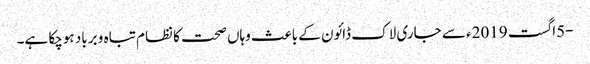
-5اگست 2019ء سے جاری لاک ڈائون کے باعث وہاں صحت کا نظام تباہ و برباد ہوچکا ہے۔